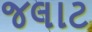
જલાટ